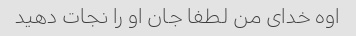
اوه خدای من لطفا جان او را نجات دهید